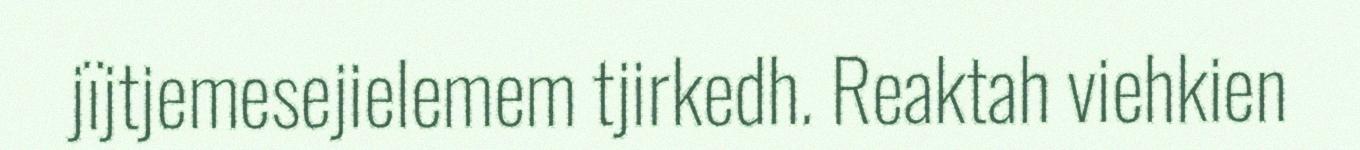
jïjtjemesejielemem tjirkedh. Reaktah viehkien